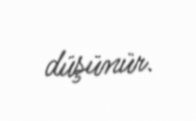
düşünür.